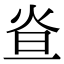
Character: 𤇁